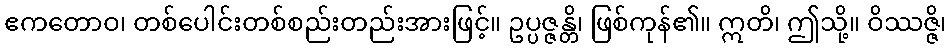
ဧကတောဝ၊ တစ်ပေါင်းတစ်စည်းတည်းအားဖြင့်။ ဥပ္ပဇ္ဇန္တိ၊ ဖြစ်ကုန်၏။ ဣတိ၊ ဤသို့။ ဝိဿဇ္ဇိ၊